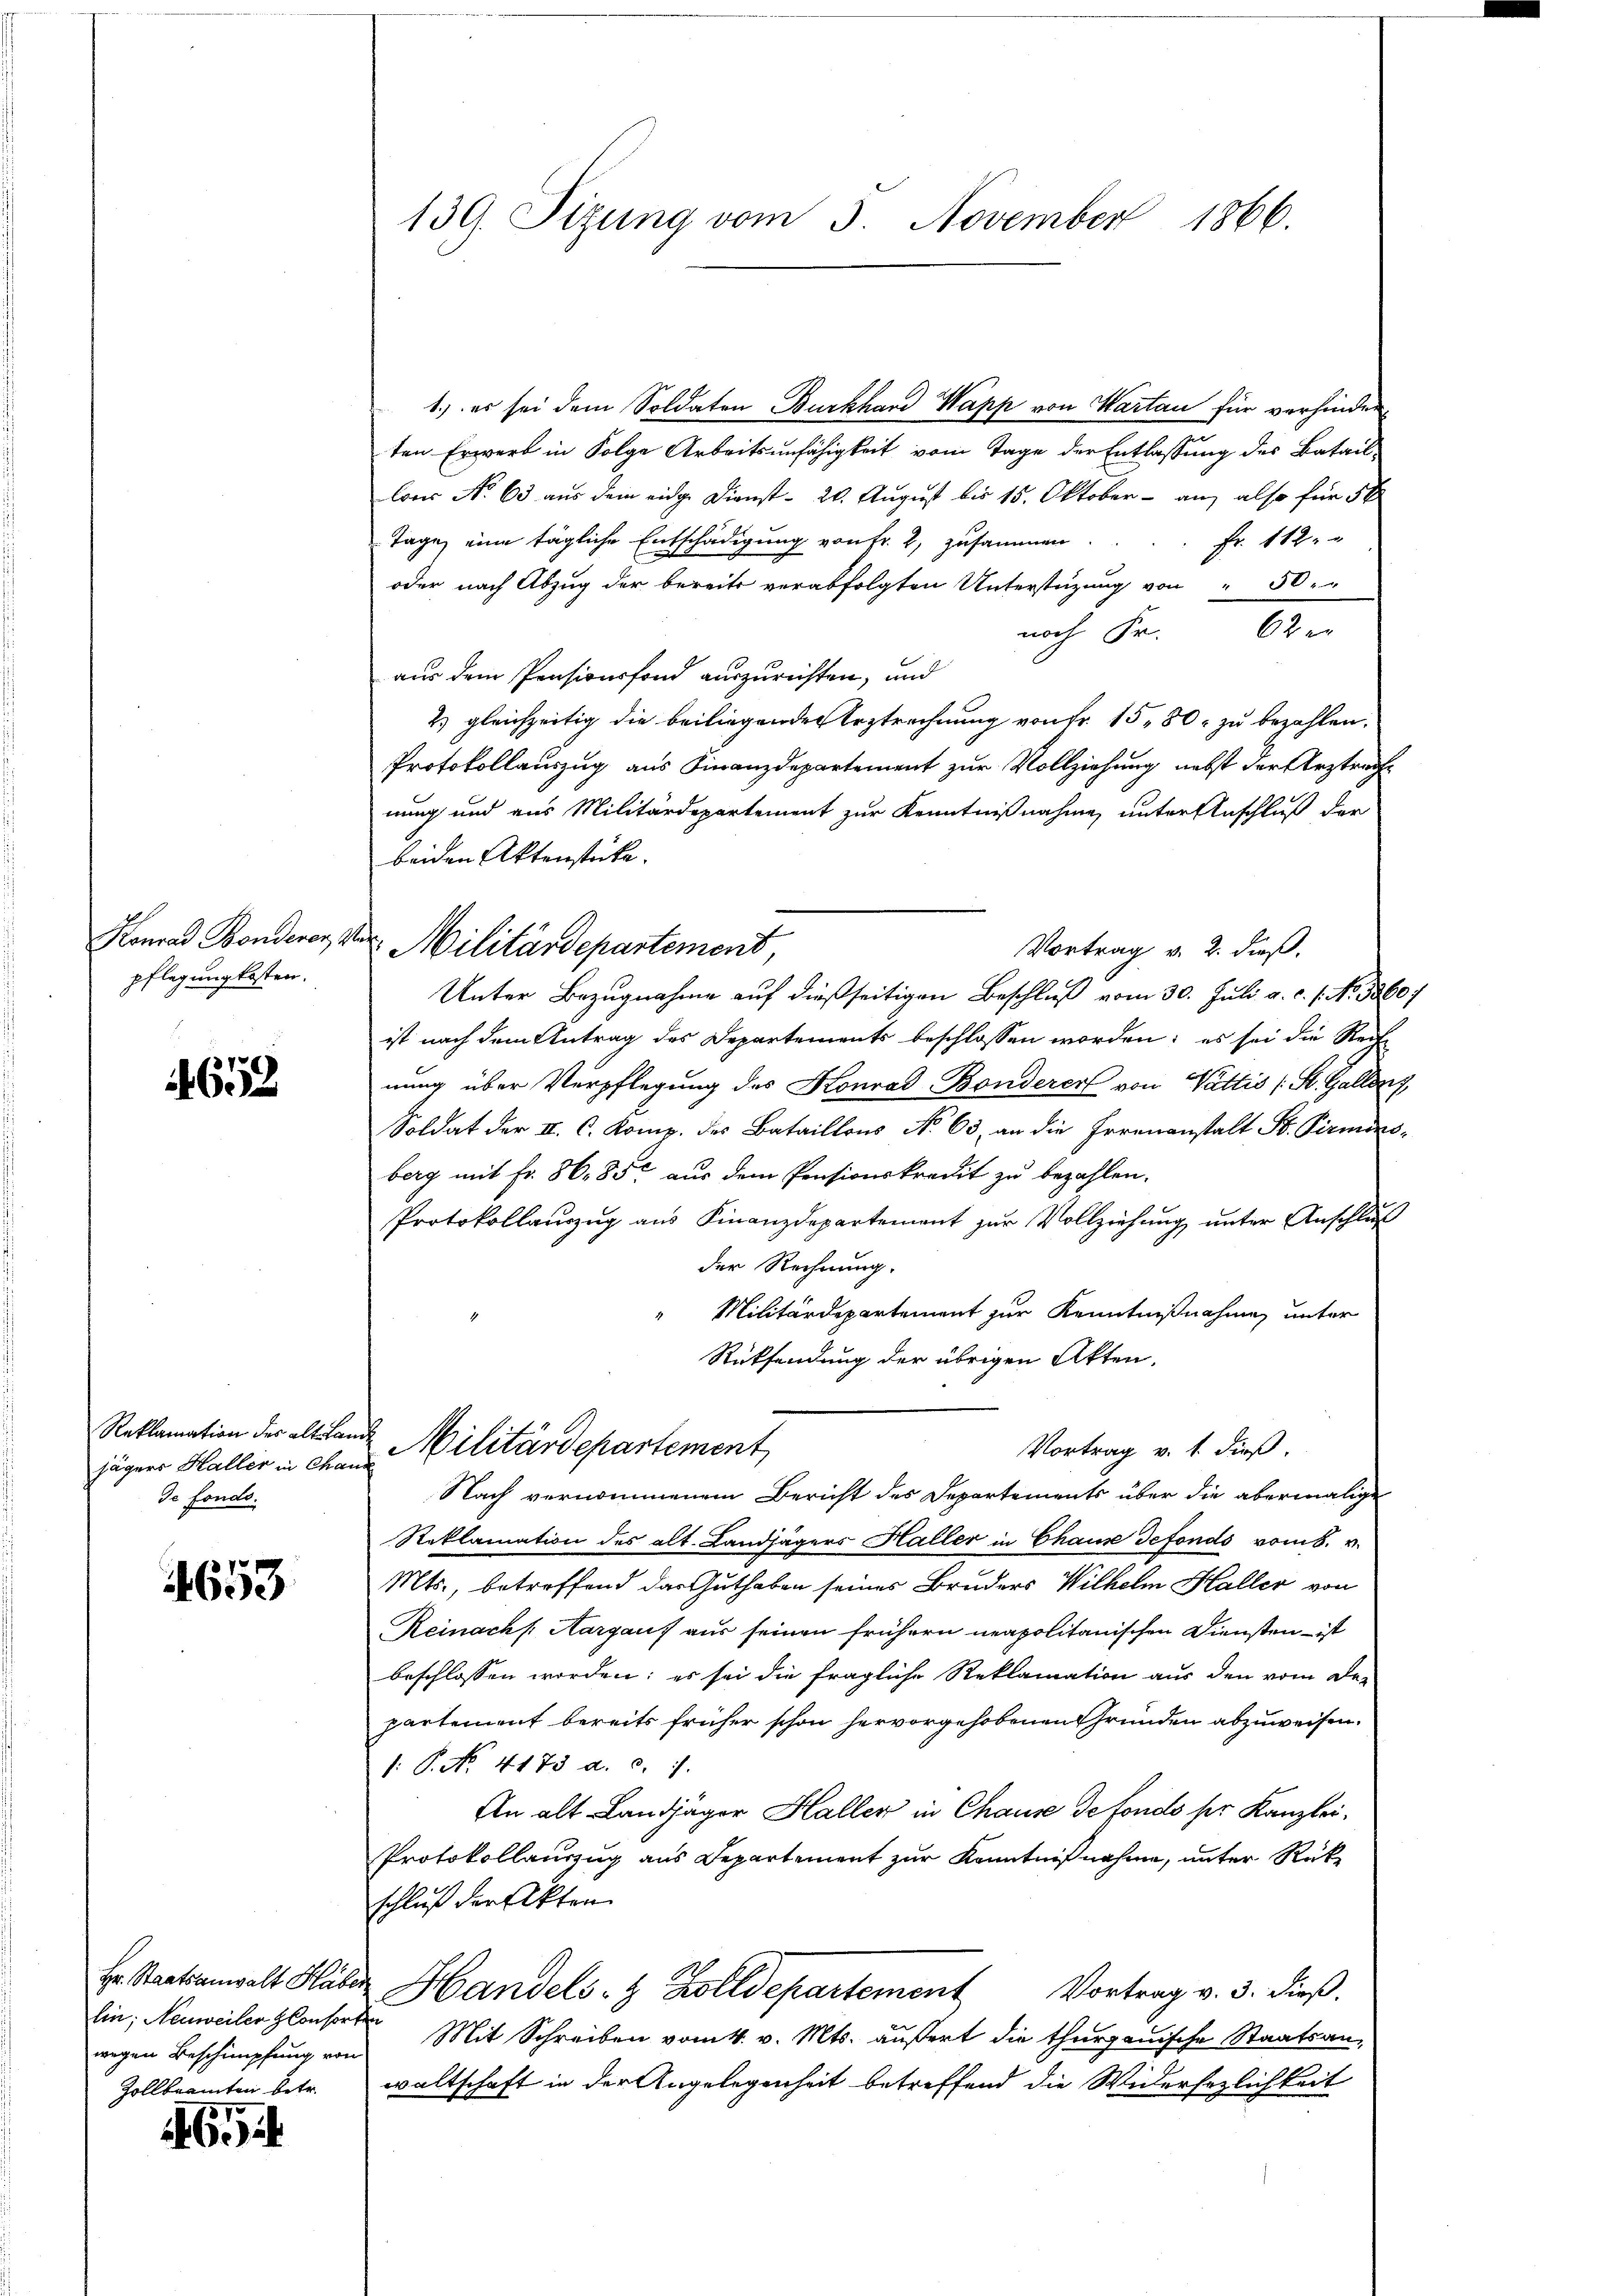
Konrad Bonderer, M.
pflegung kosten.

653

Reklamation des alt Lamjägers Haller in Chaus
de fonds.

4653

Hr. Staatsanwalt Haber
hin; Neuweiler Consorte
wegen Beschimpfung von
Zollbeamten betr.

570
46.)

139. Sizung vom 3. November 1866.

1.) es sei dem Soldaten Burkhard Wapp von Wartau für verhinder
ten Erwerb in Folge Arbeitsunfähigkeit vom Tage der Entlassung des Bataillons No 63 aus dem eidge Dienst- 20. August bis 15. Oktober - an, also für 50
Fr. 112.
Tage, eine tägliche Entschädigung von Fr. 2, zusammen.
oder nach Abzug der bereits verabfolgten Unterstüzung von " 50.
noch Fr. 62
aus dem Pensionsfond auszurichten, und
2) gleichzeitig die beiliegender Erstrechnung von Fr. 15, 80, zu bezahlen.
Protokollauszug aus Finanzdepartement zur Vollziehung nebst der Arztrach
nung und aus Militärdepartement zur Kenntnißnahme, unter Anschluß der
beiden Aktenstücke.
Militärdepartement,
Vortrag v. 2. dieß.
Unter Bezugnahme auf dießseitigen Beschluß vom 30. Juli a. c. s. No. 3360.
ist nach dem Antrag des Departements beschlossen worden; es sei die Rect
nung über Verpflegung des Konrad Bonderer von Vattis (St. Gallen
Soldat der II. C. Komp. des Bataillons No 63, an die Irrenanstalt St. Pirmins-
berg mit fr. 8685 aus dem Pensionskredit zu bezahlen.
Protokollauszug aus Finanzdepartement zur Vollziehung unter Anschluß
der Rechnung.
Militärdepartement zur Kenntnißnahmen unter
Rücksendung der übrigen Akten.
Militärdepartement
Vortrag v. 1. dieß.
Nach vernommenem Bericht des Departements über die abermalige
Reklamation des alt. Landjägers Haller in Chause defonds vom 8. v.
Mts., betreffend das Guthaben seines Bruders Wilhelm Haller von
Reinach Aargauf aus seinen frühern neapolitanischen Diensten - ist
beschlossen worden; es sei die fragliche Reklamation aus den vom Departement bereits früher schon hervorgehobenen Gründen abzuweisen.
1: P. Nr. 4173. a. c. 1
An alt Landjäger Haller in Chause de fondo per Kanzlei¬
Protokollauszug aus Departement zur Kenntnißnahme, unter Rückschluß der Akten
Handels- & Zolldepartement Vortrag v. 3. dieß.
" Mit Schreiben vom 4. v. Mts. äußert die thurgauische Staatsanwaltschaft in der Angelegenheit betreffend die Widersezlichkeit